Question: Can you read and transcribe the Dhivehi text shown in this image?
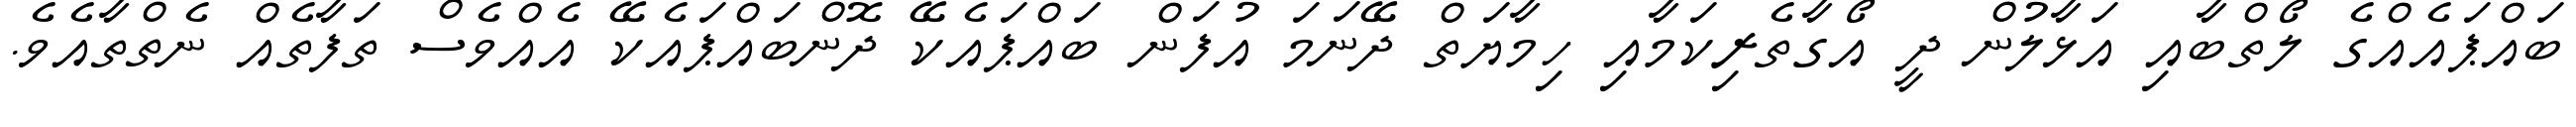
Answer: ބައްޕައެއްގެ ލޯތްބާއި އަޅާލުން ދީ އޯގާތެރިކަމާއި ހިމާޔަތް ދޭނަމަ އުފަން ބައްޕައެކޭ ދޮންބައްޕައެކޭ އެއްވެސް ތަފާތެއް ނެތްތާއެވެ.